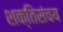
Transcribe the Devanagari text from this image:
शक्तिसंचय